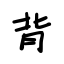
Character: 背